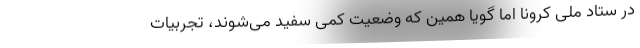
در ستاد ملی کرونا اما گویا همین که وضعیت کمی سفید می‌شوند، تجربیات